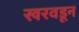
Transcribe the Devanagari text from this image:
खरवडून